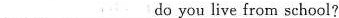
___ ___ do you live from school?